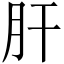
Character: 肝